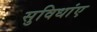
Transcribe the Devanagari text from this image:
सुविधांए